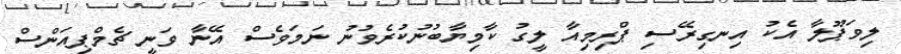
ލިވަޕޫލާ އެކު އިނގިރޭސި ޕްރިމިއާ ލީގު ކާމިޔާބުނުކުރެވުނު ނަމަވެސް އޭނާ ވަނީ ޗެމްޕިއަންސް